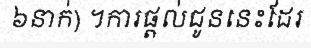
៦នាក់) ។ការផ្តល់ជូននេះដែរ